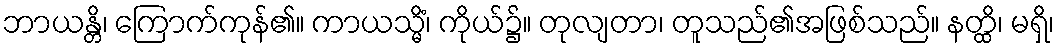
ဘာယန္တိ၊ ကြောက်ကုန်၏။ ကာယသ္မိံ၊ ကိုယ်၌။ တုလျတာ၊ တူသည်၏အဖြစ်သည်။ နတ္ထိ၊ မရှိ၊